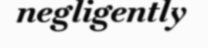
negligently